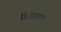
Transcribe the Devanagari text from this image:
दितिपुत्र